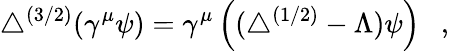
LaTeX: \triangle^{(3/2)}(\gamma^{\mu}\psi)=\gamma^{\mu}\left((\triangle^{(1/2)}-\Lambda)\psi\right)~~~,